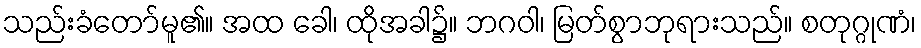
သည်းခံတော်မူ၏။ အထ ခေါ၊ ထိုအခါ၌။ ဘဂဝါ၊ မြတ်စွာဘုရားသည်။ စတုဂ္ဂုဏံ၊